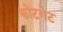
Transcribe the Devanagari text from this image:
कोटगेट